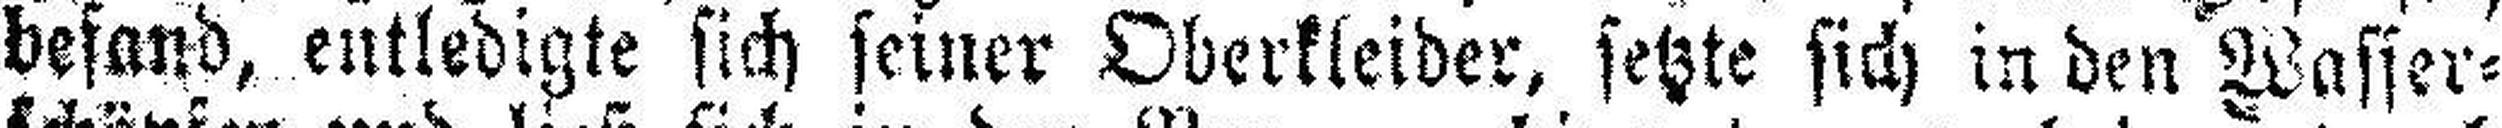
befand, entledigte sich seiner Oberkleider, setzte sich in den Wasser-